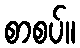
စာစပ်။